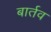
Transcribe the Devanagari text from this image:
बार्तव